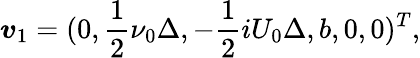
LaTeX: \boldsymbol{v}_{1}=(0,\frac{1}{2}\nu_{0}\Delta,-\frac{1}{2}iU_{0}\Delta,b,0,0)^{T},